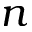
n